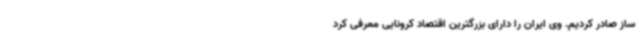
ساز صادر کردیم. وی ایران را دارای بزرگترین اقتصاد کرونایی معرفی کرد